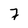
Character: 7